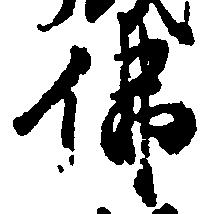
仏